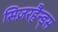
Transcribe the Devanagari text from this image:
सिज़रहैन्ड्स